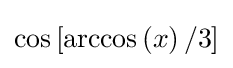
\cos \left[\arccos \left(x\right)/3\right]